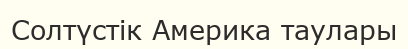
Солтүстік Америка таулары